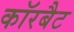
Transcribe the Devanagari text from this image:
कॉरबैट